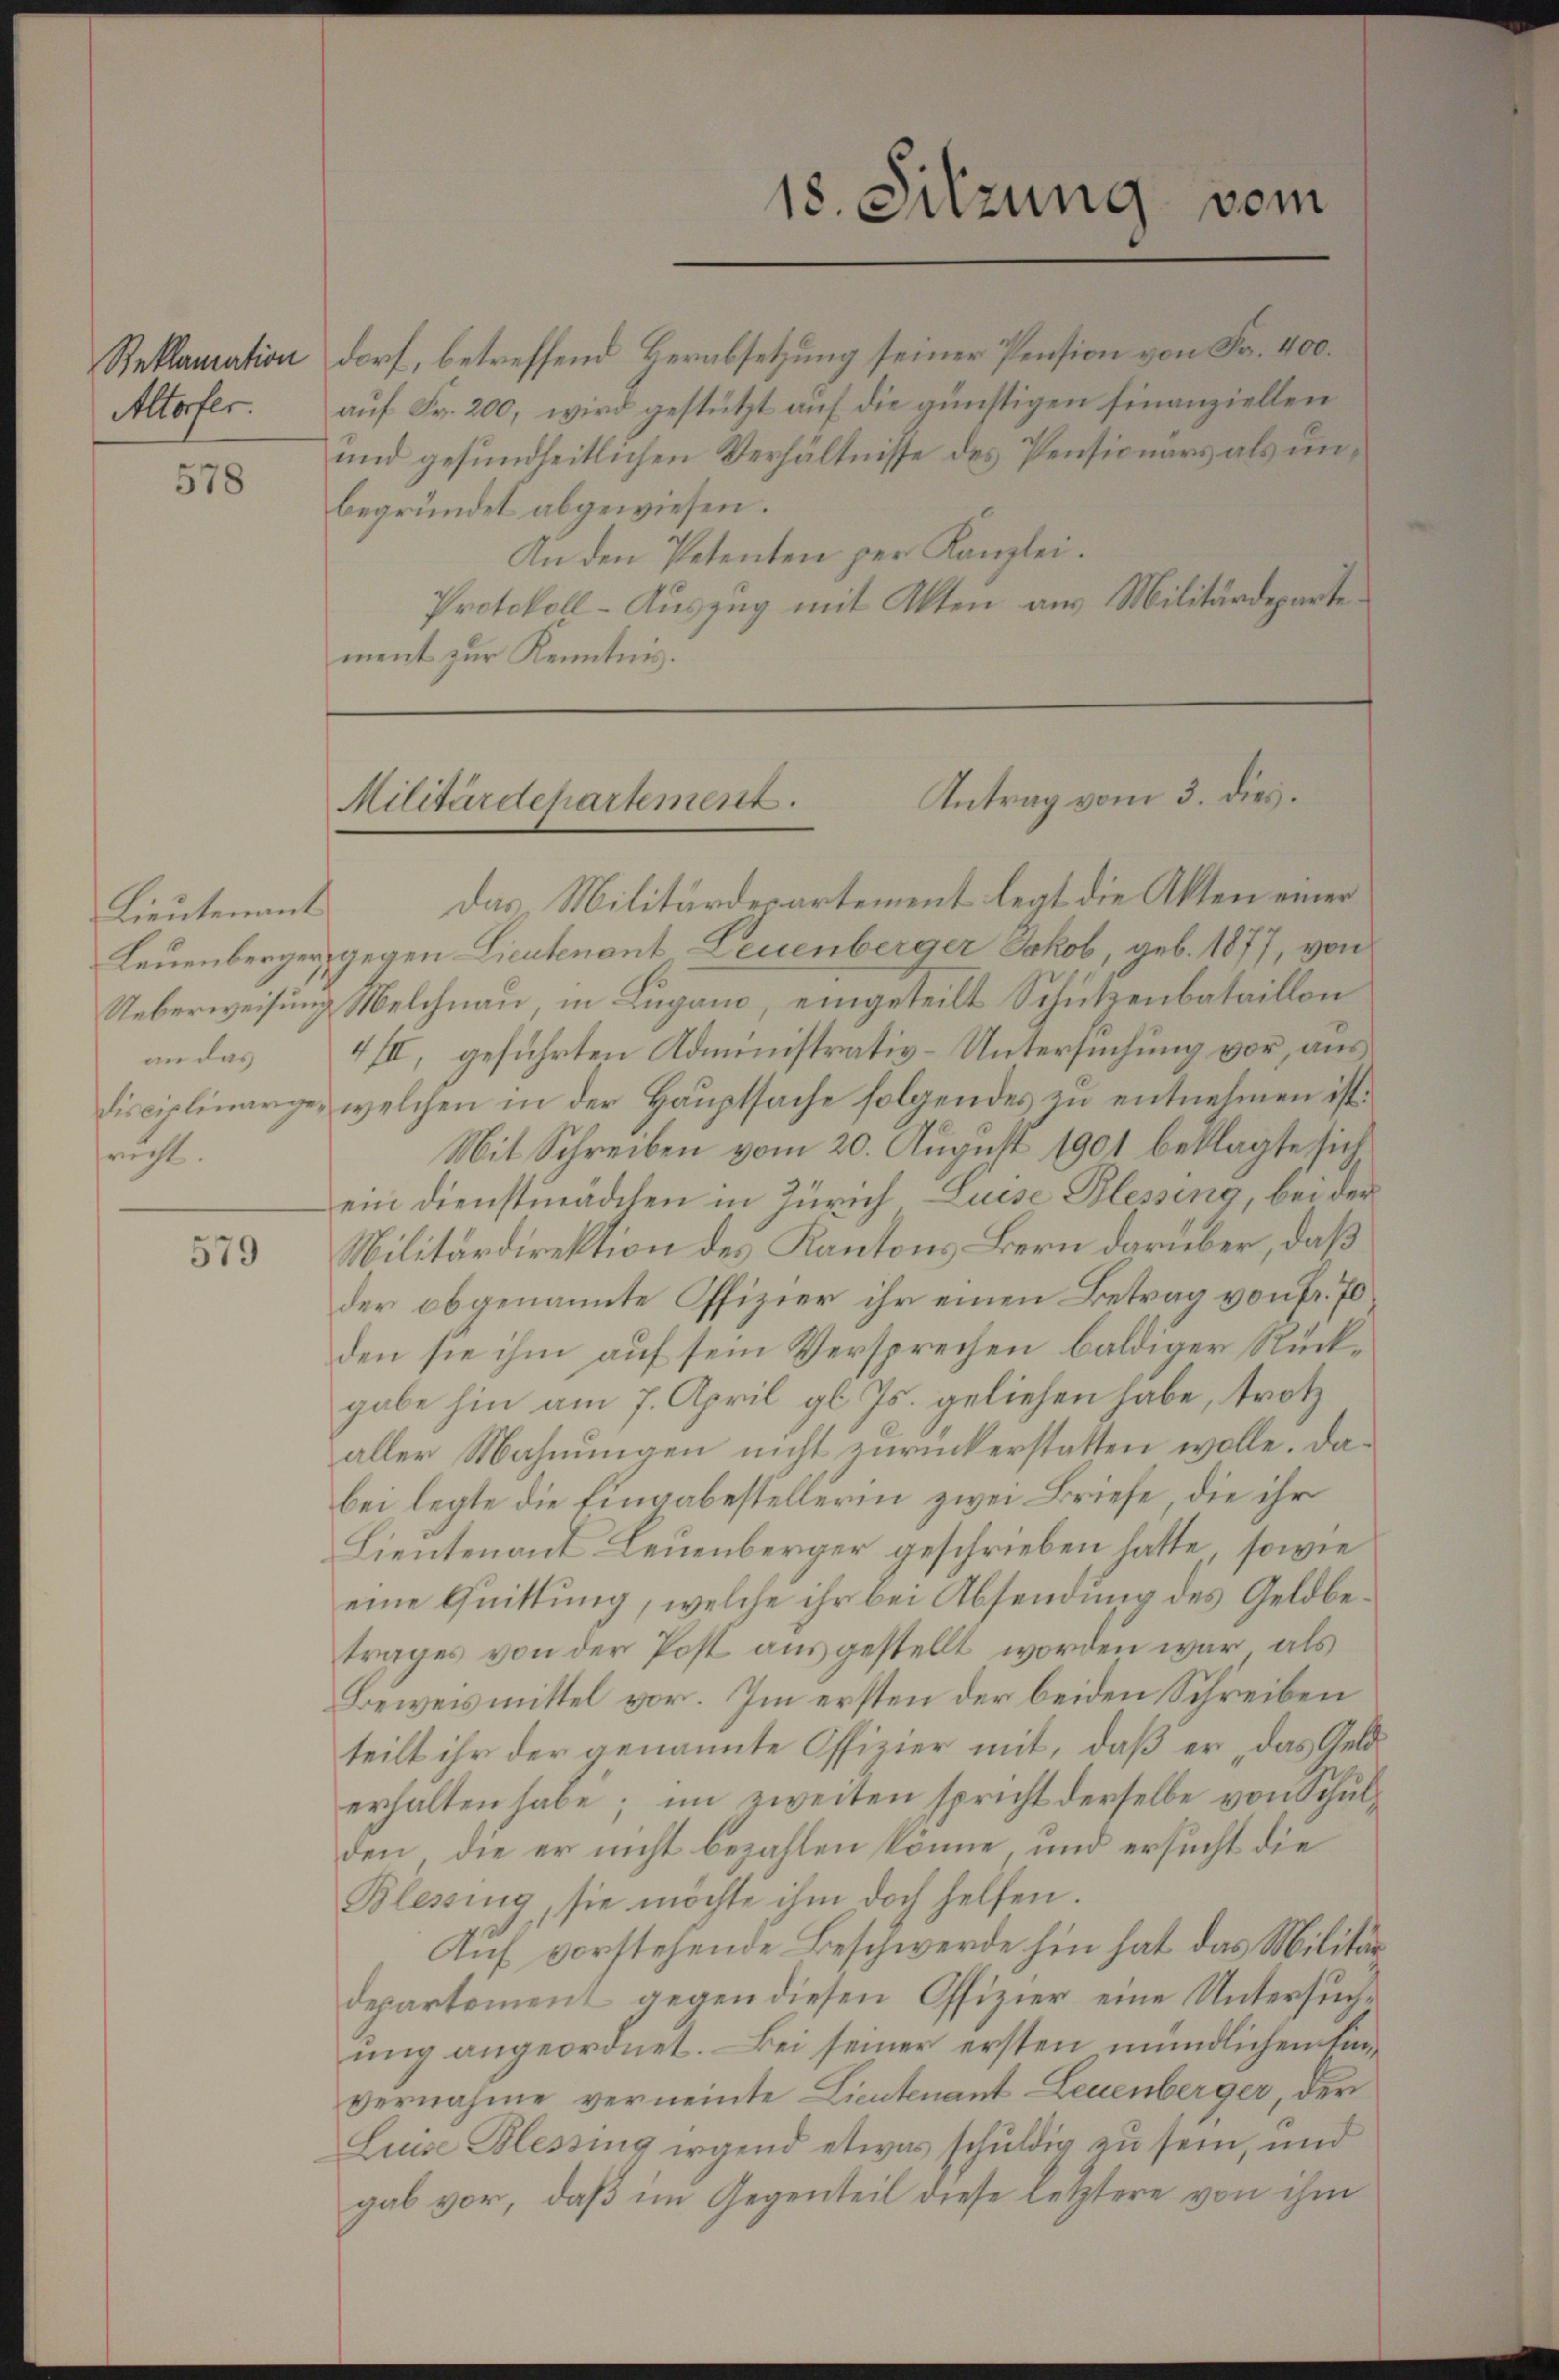
Reklamation
Altorfer.

578

Lieutenant
an das
frucht.

579

vom
18. Sitzung

dorf, betreffend Verabsetzung seiner Pension von Fr. 400.
auf Fr. 200, wird gestützt auf die günstigen finanziellen
und gesundheitlichen Verhältnisse des Pensionärs als unbegründet abgewiesen.
An den Petenten per Kanzlei.
Protokoll-Auszug mit Akten aus Militärdeparte
ment zur Kenntnis.

Antrag vom 3. dies
Militärdepartement.

Das Militärdepartement legt die Akten einer
Leuenberger, gegen Lieutenant-Leuenberger Jakob, geb. 1877, von
Ueberweisung Welchnau, in Lugano, eingeteilt Schützenbataillon
4III, geführten Administrativ-Untersuchung vor, aus
Lisciplinarge, welchen in der Hauptsache folgendes zu entnehmen ist.
Mit Schreiben vom 20. August 1901 beklagte sichein Dienstmädchen in Zürich, Luise Blessing, bei der
Militärdirektion des Kantons Bern darüber, daß
der obgenannte Offizier ihr einen Betrag von Fr. 70
den sie ihm auf sein Versprechen baldiger Rückgabe hin am 7. April gl. Js. geliehen habe, trotz
aller Mahnungen nicht zurückerstatten wolle. Dabei legte die Eingabestellerin zwei Briefe, die ihr
Lieutenant Leuenberger geschrieben hatte, sowie
eine Quittung, welche ihr bei Absendung des Geldbetrages von der Post ausgestellt worden war, als
Beweismittel vor. Im ersten der beiden Schreiben
teilt ihr der genannte Offizier mit, daß er das Gelderhalten habe; im zweiten spricht derselbe von Schulden, die er nicht bezahlen könne, und ersucht die
Blessing, sie möchte ihm doch helfen.
Auf vorstehende Beschwerde hin hat das Militärdepartement gegen diesen Offizier eine Untersŭche
ung angeordnet. Bei seiner ersten mündlichen Einvernahme verneinte Lieutenant Leuenberger, der
Luise Blessing irgend etwas schuldig zu sein, und
gab vor, daß im Gegenteil diese letztere von ihm